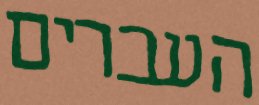
העברים